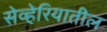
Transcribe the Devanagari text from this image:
सेव्हेरियातील